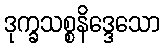
ဒုက္ခသစ္စနိဒ္ဒေသော